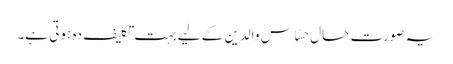
یہ صورتِ حال حسّاس والدین کے لیے بہت تکلیف دہ ہوتی ہے۔